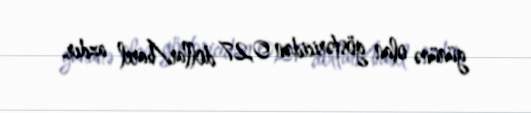
gününə olan göstəricidən 0,27 dollar/barel azdır.